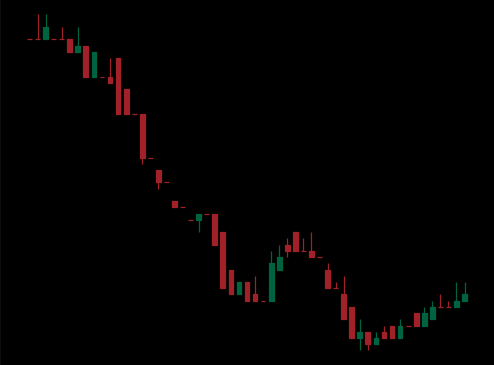
Pattern: bull_flag